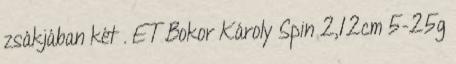
zsákjában két . ET Bokor Károly Spin 2,12cm 5-25g